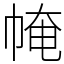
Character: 㡋